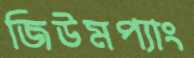
জিউমপ্যাং